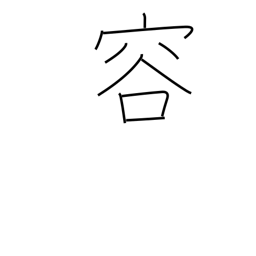
Meaning: looks